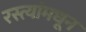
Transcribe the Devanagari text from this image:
रस्त्यांमधून